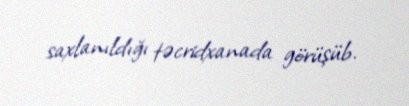
saxlanıldığı təcridxanada görüşüb.